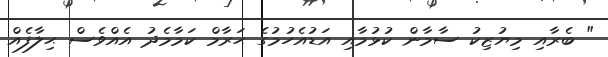
" ބެރާއި މިޔުޒިކު ސާމާން ކުޅުމާއި އަޑުއެހުމުގެ ޙަރާމް ކަމާމެދު އެއްވެސް ޙިލާފެއް